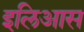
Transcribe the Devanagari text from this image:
इलिआस